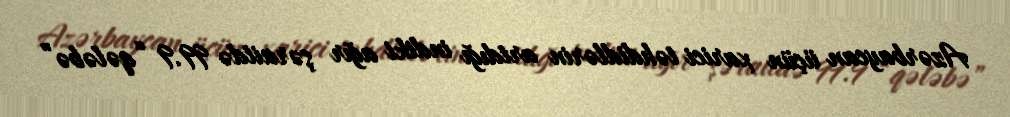
Azərbaycan üçün xarici təhdidlərin artdığı indiki ağır şəraitdə 99.9 “qələbə”